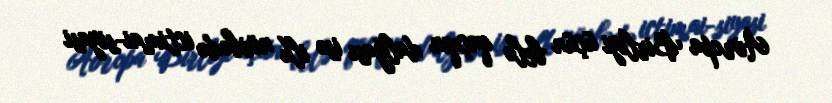
Avropa Birliyi üçün belə qaçqın dalğası isə ilk növbədə ictimai-siyasi